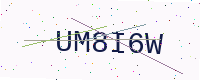
Text: UM8I6W